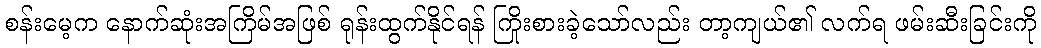
စန်းမေ့က နောက်ဆုံးအကြိမ်အဖြစ် ရုန်းထွက်နိုင်ရန် ကြိုးစားခဲ့သော်လည်း တာ့ကျယ်၏ လက်ရ ဖမ်းဆီးခြင်းကို